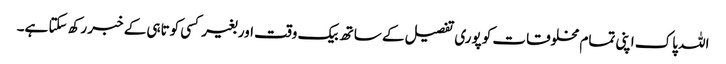
اللہ پاک اپنی تمام مخلوقات کو پوری تفصیل کے ساتھ بیک وقت اور بغیر کسی کوتاہی کے خبر رکھ سکتا ہے۔